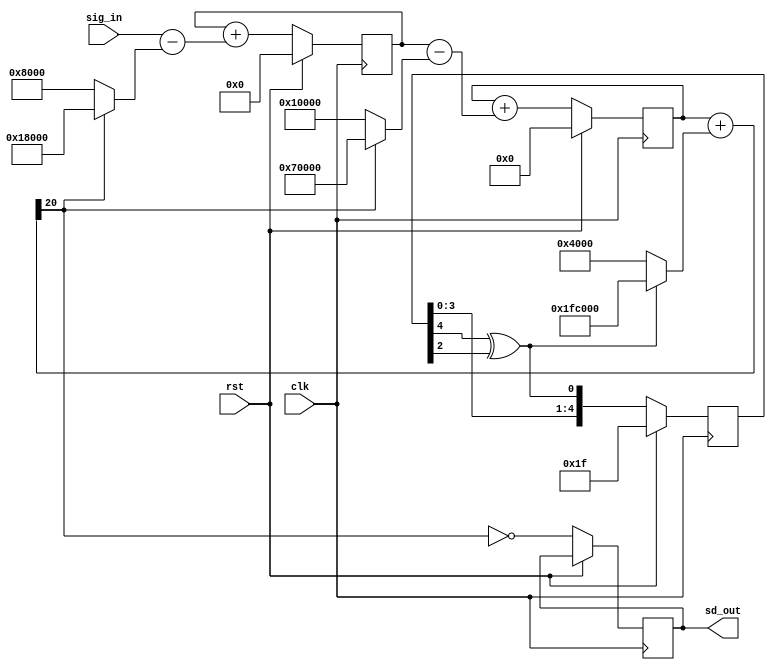
// Second order sigma-delta dac
//
// For benchmarking purposes only -- don't use this for an actual design.
// There are far more performant architectures. 
// 
//

`ifdef DEBUG_SDDAC
`include "constants.vams"
`endif

module sddac(clk, rst, sig_in, sd_out);

    // inputs
    input clk;                          // clock
    input rst;                        // synchronous reset, active low
    input signed [15:0] sig_in;         // 16 bits in Q(1,15) format

    // outputs
    output reg sd_out = 0;

    // internal signals
    reg signed [17:0] state1 = 0;       // Q(1,17)
    reg signed [19:0] state2 = 0;       // Q(1,19)
    reg signed [16:0] state1_in;        // Q(0,17)
    reg signed [18:0] state2_in;        // Q(0,19)
    reg signed [20:0] quant_in;         // Q(2,19)
    reg signed [16:0] qq;
    reg        [7:0]  lfsr_reg = 0;
    reg               quantizer;
    wire lfsr_fb;

    // linear feedback shift register feedback
    assign lfsr_fb = (lfsr_reg[4] ^ lfsr_reg[2]);

    // combination process
    always @(*)
    begin
        `ifdef DEBUG_SDDAC
        qq = $signed(quantizer ? -17'h8000 : 17'h8000);
        `endif
        quant_in  = state2 + $signed(lfsr_fb ? -21'h4000 : 21'h4000);
        quantizer = quant_in[20];
        state1_in = sig_in - $signed(quantizer ? -17'h8000 : 17'h8000);        // Q(-1,17) - Q(0,17) -> Q(0,17)
        state2_in = state1 - $signed(quantizer ? -19'h10000 : 19'h10000);      // Q(-1,19) - Q(0,19) -> Q(0,19)
    end

    // clocked process
    always @(posedge clk)
    begin
        if (rst == 1'b1)
        begin
            state1 <= 0;
            state2 <= 0;
            lfsr_reg <= 8'hff;
        end
        else begin
            `ifdef DEBUG_SDDAC
            $display("feedback : %f", qq*$pow(2.0,-15));
            $display("state1_in: %f", state1_in*$pow(2.0,-17));
            $display("state2_in: %f", state2_in*$pow(2.0,-19));
            $display("");
            `endif
            state1 <= state1 + $signed({ state1_in[16], state1_in});
            state2 <= state2 + $signed({ state2_in[18], state2_in});
            sd_out <= !quantizer;
            lfsr_reg <= {lfsr_reg[6:0], lfsr_fb};
        end
    end

endmodule